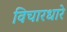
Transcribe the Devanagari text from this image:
विचारधारे